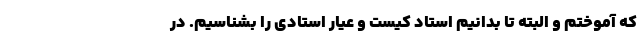
که آموختم و البته تا بدانیم استاد کیست و عیار استادی را بشناسیم. در